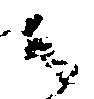
御